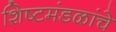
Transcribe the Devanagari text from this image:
शिष्टमंडळांचे